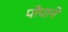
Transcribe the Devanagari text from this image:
पोपाने